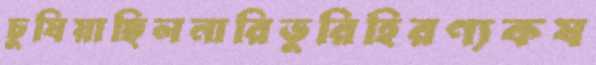
চুষিয়াছিলনারিভুরিহিরণ্যকষ